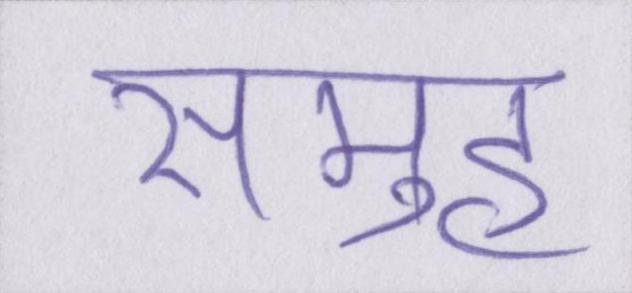
समुह